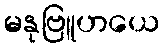
မနုဗြူဟယေ